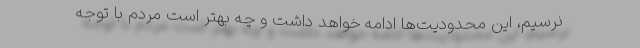
نرسیم، این محدودیت‌ها ادامه خواهد داشت و چه بهتر است مردم با توجه